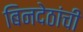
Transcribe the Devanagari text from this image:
बिनदेठांची